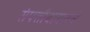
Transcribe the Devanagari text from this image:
संपत्तीबाबतचे